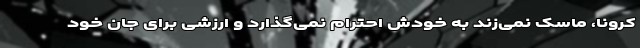
کرونا، ماسک نمی‌زند به خودش احترام نمی‌گذارد و ارزشی برای جان خود